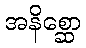
အနိစ္ဆော